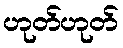
ဟုတ်ဟုတ်